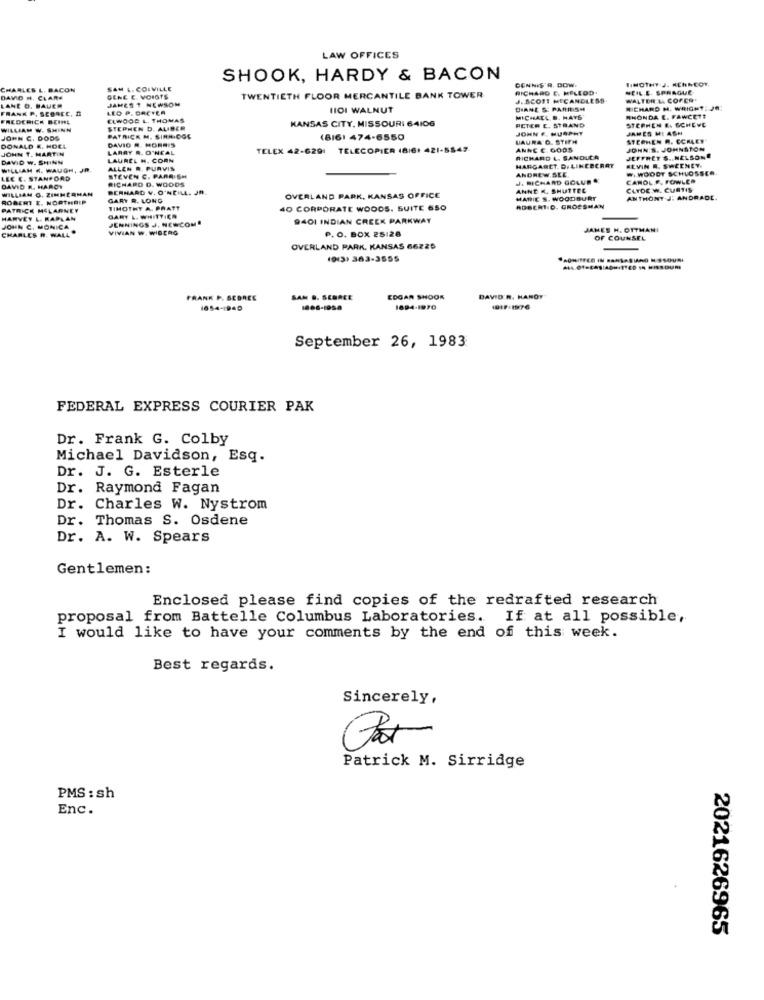
LAW OFFICES
SHOOK, HARDY & BACON
DENNIS R. DOW.
TIMOTHY J. KENNEOT.
CHARLES L. BACON
SAM L. COIVILLE
RICHARD E. MELLOD.
NEIL.E. SPRAGUE
DAVID H. CLARE
GENE E. VOIGTS
JAMES T NEWSOM
TWENTIETH FLOOR MERCANTILE BANK TOWER
J. SCOTT MCCANDLESS.
WALTER &A CORES
FRANK P. SEGACC, DI
LANE O. BAUER
LEO P. DRCTER
HI01 WALNUT
CHANE S: PARRISH
RICHARD H. WRIGHT: JR
FREDERICK BEIHL
ELWOOD L. THOMAS
KANSAS CITY, MISSOURI 64106
MICHAEL B. HAVE
PETER E. STRAND
#HONDA E. FAWCETT
STEPHEN E. SCHEVE
WILLIAM W. SHINN
STEPHEN D. ALIBER
JOHN F. MURPHY
JAMES MI ASH
JOHN C. DODS
PATRICK M. SIRA.COL
DAVIO R. MORRIS
(816) 474-6550
LAURA G. STIRN
STEPHEN R. CCKLEY
DONALD &. HOEL
JOHN T. MARTIN
LARRY R. O'NEAL
TELEX 42-6291 TELECOPIER 18/61 421.
ANNE C. 600S
JOHN'S. JOHNSTON
DAVID W. SHINN
LAUREL H. CORN
RICHARD &. SANDUCA
MARGARET. D. LINEBERRY
JEFFREY'S .. NELSONE
WILLIAM K. WAUGH, JR.
ALLEN R. PURVIS
ANDREW.SEE
KEVIN A. SWEENEY.
W. WOODT SCHLOSSER
LEE E. STANFORD
RICHARD D. WOODS
STEVEN C. PARRISH
J. RICHARD GOLUR .
CAROL.P. FOWLER
DAVID R. HARDY
WILLIAM G. ZIMMERN
BERNARD V. O'NEILL. Jn
ANNE K. SHUTTEC
CLYDE W. CURTIS
ROBERT E. NORTHRIP
GARY R. LONG
OVERLAND PARK, KANSAS OFFICE
MARIE S. WOODBURY
ANTHONY J. ANDRADE.
PATRICE MSLARNE
TIMOTHY A. PRATT
40 CORPORATE WOODS. SUITE 650
ROBERTO. GROSSMAN
HARVEY L. KAPLAN
GARY L. WHITTIER
JENNINGS J. NEWCOM
9401 INDIAN CREEK PARKWAY
JOHN C. MONICA
CHARLES R. WALL
VIVIAN W. WIBERG
P. O. BOX 25128
JAMES H. OTTMANI
OF COUNSEL
OVERLAND PARK. KANSAS 66225
(913) 363-3555
** 0*/FCO IN *** SASIANO NSSOURI
FRANK P. SEBREE
SAM &. SEBREE
EDGAR SHOOK
DAVID R. HAROY
1654-1940
1694-1970
September 26, 1983
FEDERAL EXPRESS COURIER PAK
Dr. Frank G. Colby
Michael Davidson, Esq.
Dr. J. G. Esterle
Dr. Raymond Fagan
Dr. Charles W. Nystrom
Dr. Thomas S. Osdene
Dr. A. W. Spears
Gentlemen:
Enclosed please find copies of the redrafted research
proposal from Battelle Columbus Laboratories. If at all possible,
I would like to have your comments by the end of this week.
Best regards.
Sincerely,
Patrick M. Sirridge
PMS : sh
Enc.
2021626965